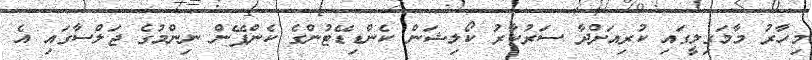
މިހާރު މާމަގިލީގައި ކުރިއަށްދާ ސަރުކާރު ކޯލިޝަން ކެންޑިޑޭޓުންގެ ކެންޕޭން ނިންމުގެ ޖަލްސާގައި އެ